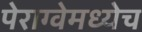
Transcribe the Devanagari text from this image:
पेराग्वेमध्येच